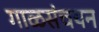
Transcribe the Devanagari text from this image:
गाळसंचयन